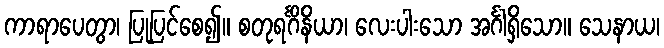
ကာရာပေတွာ၊ ပြုပြင်စေ၍။ စတုရင်္ဂိနိယာ၊ လေးပါးသော အင်္ဂါရှိသော။ သေနာယ၊